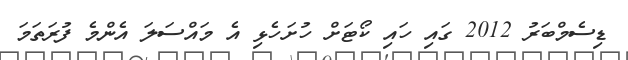
ޑިސެމްބަރު 2012 ގައި ހައި ކޯޓަށް ހުށަހެޅި އެ މައްސަލަ އެންމެ ފުރަތަމަ